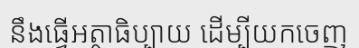
នឹងធ្វើអត្ថាធិប្បាយ ដើម្បីយកចេញ